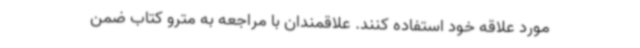
مورد علاقه خود استفاده کنند. علاقمندان با مراجعه به مترو کتاب ضمن